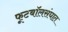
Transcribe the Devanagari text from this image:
फूटबॉलसंघात